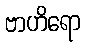
ဗာဟိရော